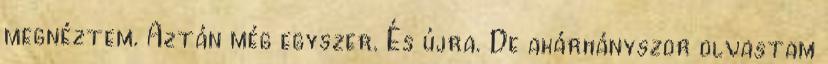
megnéztem. Aztán még egyszer. És újra. De akárhányszor olvastam